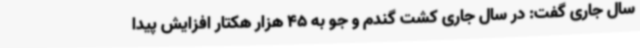
سال جاری گفت: در سال جاری کشت گندم و جو به 45 هزار هکتار افزایش پیدا